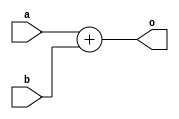
module sub (input a, b,
        output o);
        assign o = a + b;
endmodule

module test (input a, b,
        output c);
        sub s(a, b, c);
endmodule